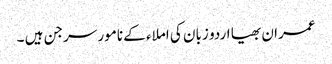
عمران بھیا اردو زبان کی املاء کے نامور سرجن ہیں ۔